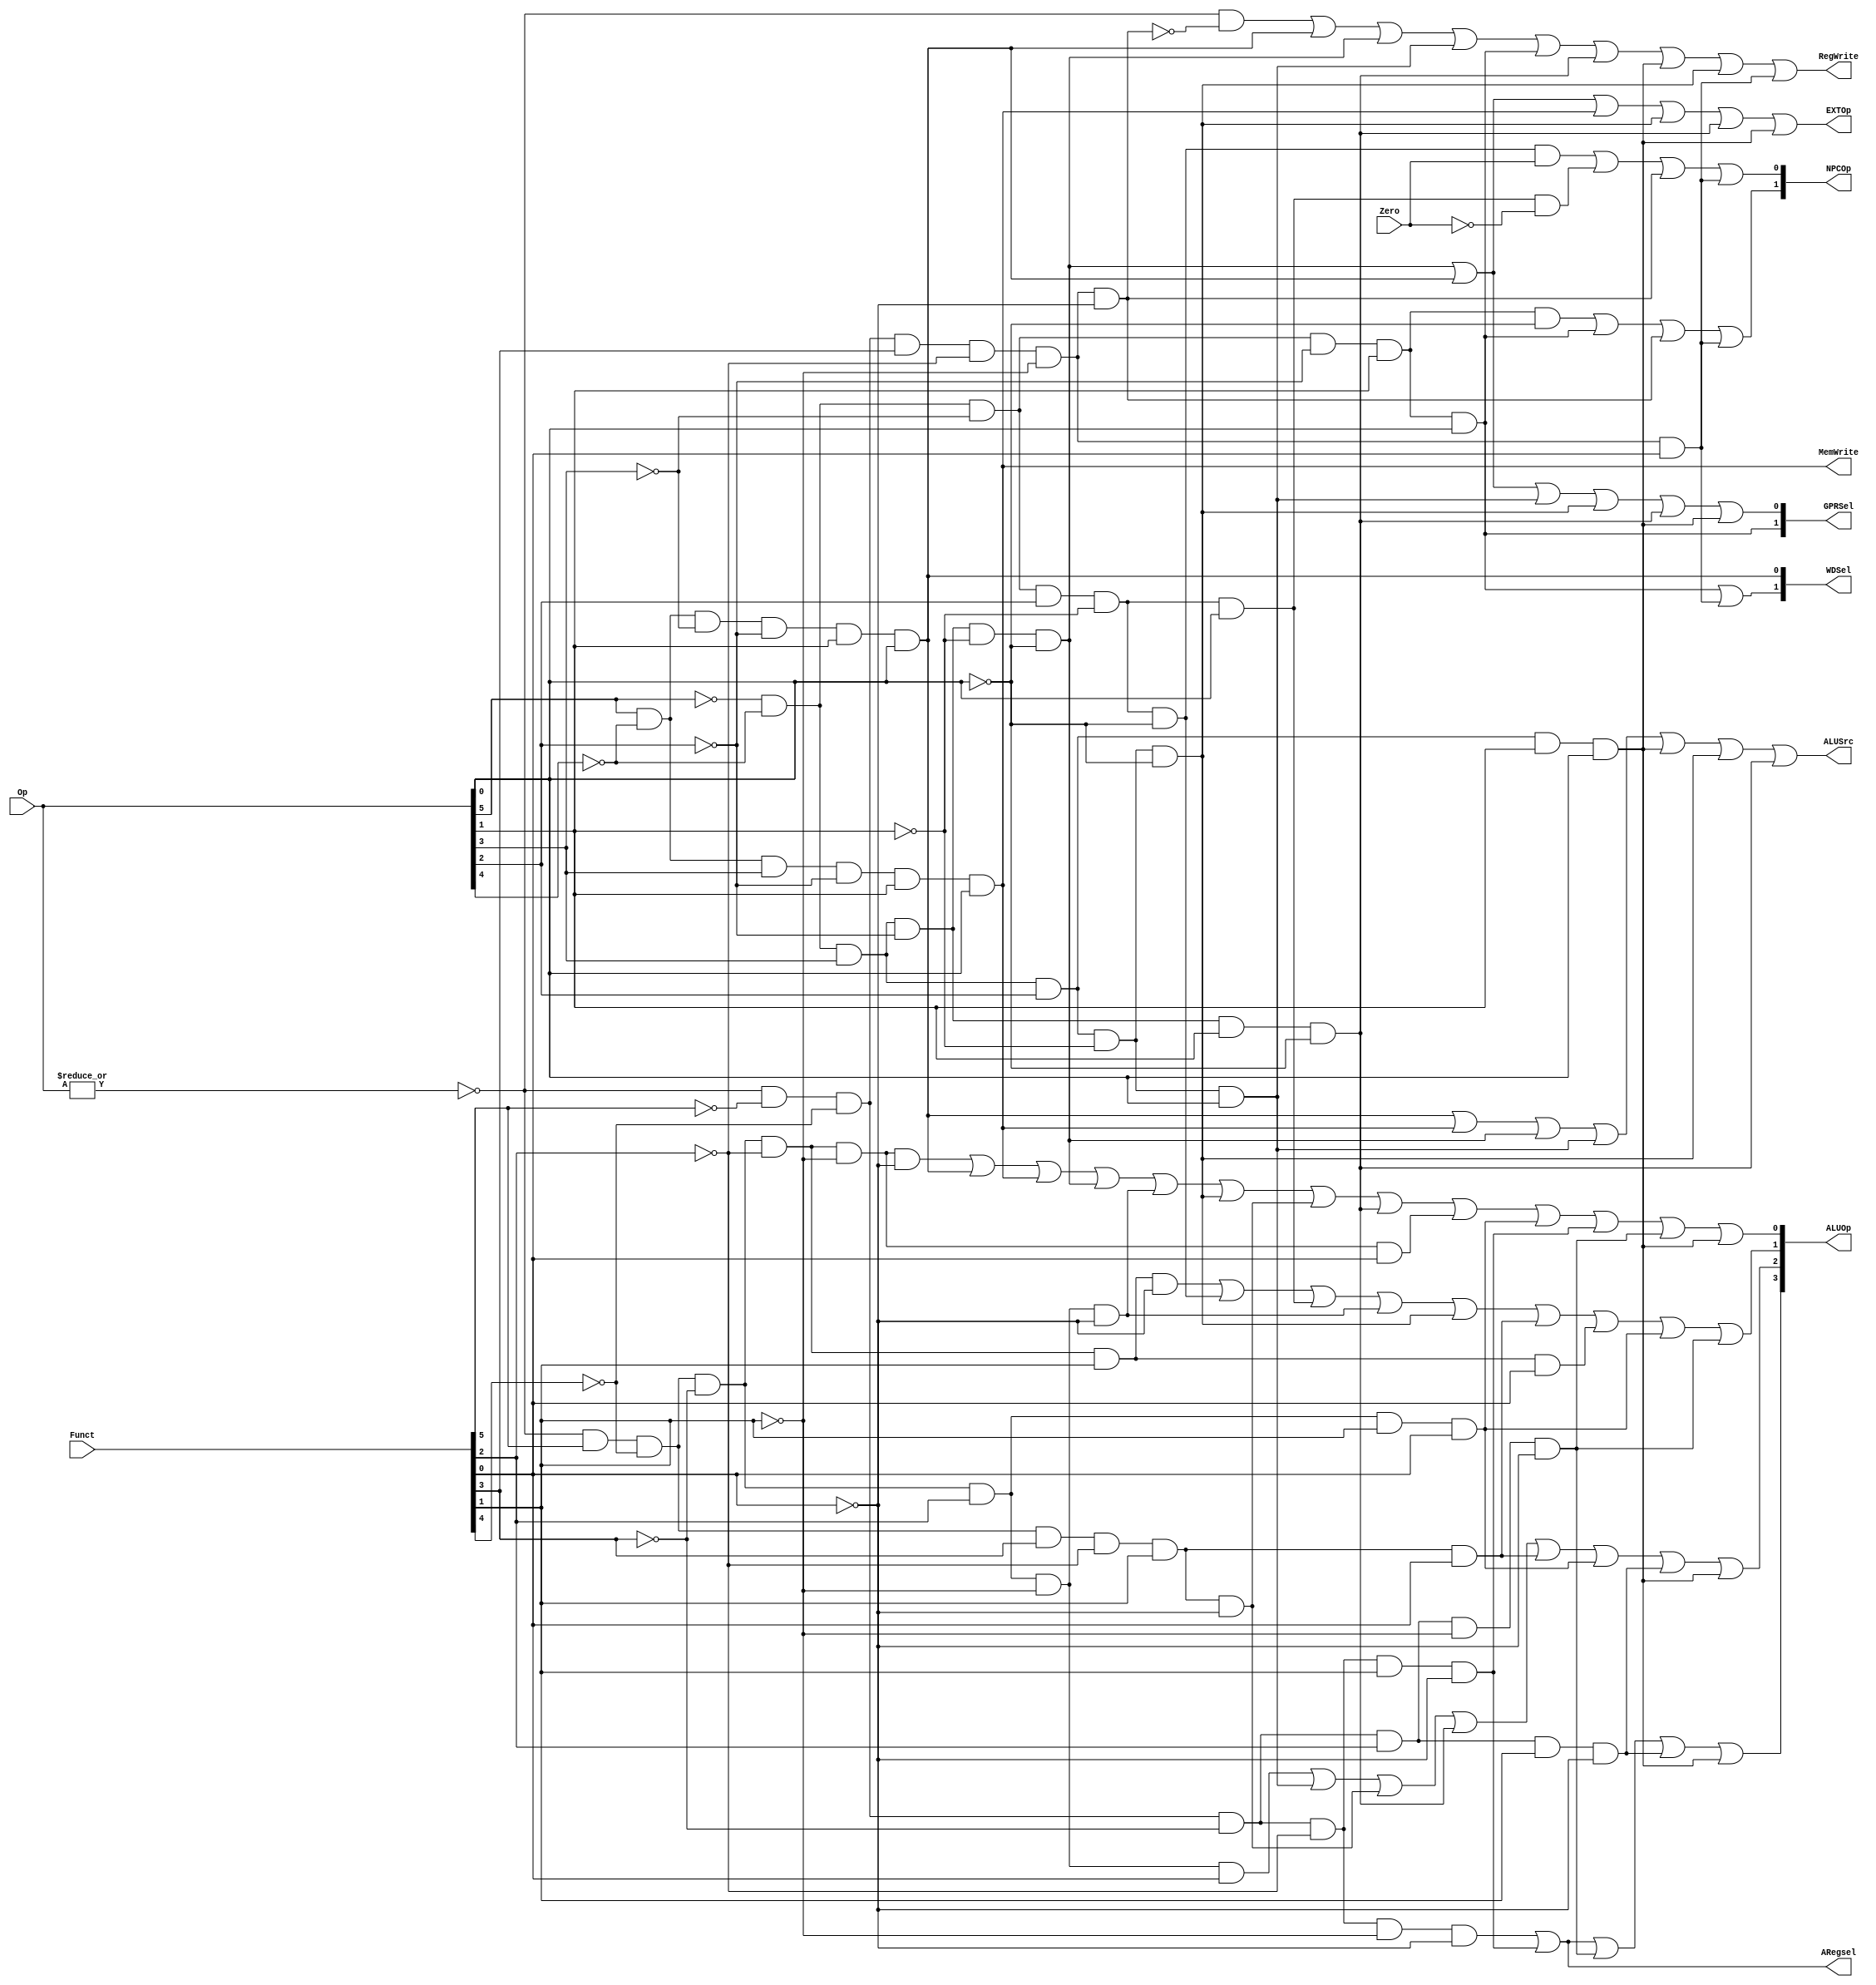
// `include "ctrl_encode_def.v"


module ctrl(Op,
            Funct,
            Zero,
            ARegsel,
            RegWrite,
            MemWrite,
            EXTOp,
            ALUOp,
            NPCOp,
            ALUSrc,
            GPRSel,
            WDSel);
    
    input  [5:0] Op;       // opcode
    input  [5:0] Funct;    // funct
    input        Zero;
    
    output       ARegsel;  // control signal for A mux add
    output       RegWrite; // control signal for register write
    output       MemWrite; // control signal for memory write
    output       EXTOp;    // control signal to signed extension
    output [3:0] ALUOp;    // ALU opertion
    output [1:0] NPCOp;    // next pc operation
    output       ALUSrc;   // ALU source for A
    
    output [1:0] GPRSel;   // general purpose register selection
    output [1:0] WDSel;    // (register) write data selection
    
    // r format
    wire rtype  = ~|Op;
    wire i_add  = rtype& Funct[5]&~Funct[4]&~Funct[3]&~Funct[2]&~Funct[1]&~Funct[0]; // add
    wire i_sub  = rtype& Funct[5]&~Funct[4]&~Funct[3]&~Funct[2]& Funct[1]&~Funct[0]; // sub
    wire i_and  = rtype& Funct[5]&~Funct[4]&~Funct[3]& Funct[2]&~Funct[1]&~Funct[0]; // and
    wire i_or   = rtype& Funct[5]&~Funct[4]&~Funct[3]& Funct[2]&~Funct[1]& Funct[0]; // or
    wire i_slt  = rtype& Funct[5]&~Funct[4]& Funct[3]&~Funct[2]& Funct[1]&~Funct[0]; // slt
    wire i_sltu = rtype& Funct[5]&~Funct[4]& Funct[3]&~Funct[2]& Funct[1]& Funct[0]; // sltu
    wire i_addu = rtype& Funct[5]&~Funct[4]&~Funct[3]&~Funct[2]&~Funct[1]& Funct[0]; // addu
    wire i_subu = rtype& Funct[5]&~Funct[4]&~Funct[3]&~Funct[2]& Funct[1]& Funct[0]; // subu
    
    // add r format
    wire i_sll  = rtype& ~Funct[5]&~Funct[4]&~Funct[3]&~Funct[2]&~Funct[1]&~Funct[0];
    wire i_nor  = rtype&  Funct[5]&~Funct[4]&~Funct[3]& Funct[2]& Funct[1]& Funct[0];
    wire i_srl  = rtype& ~Funct[5]&~Funct[4]&~Funct[3]&~Funct[2]& Funct[1]&~Funct[0];
    wire i_srlv = rtype& ~Funct[5]&~Funct[4]&~Funct[3]& Funct[2]& Funct[1]&~Funct[0];
    wire i_sllv = rtype& ~Funct[5]&~Funct[4]&~Funct[3]& Funct[2]&~Funct[1]&~Funct[0];
    wire i_jr   = rtype& ~Funct[5]&~Funct[4]& Funct[3]&~Funct[2]&~Funct[1]&~Funct[0];
    wire i_jalr = rtype& ~Funct[5]&~Funct[4]& Funct[3]&~Funct[2]&~Funct[1]& Funct[0];
    
    // i format
    wire i_addi = ~Op[5]&~Op[4]& Op[3]&~Op[2]&~Op[1]&~Op[0]; // addi
    wire i_ori  = ~Op[5]&~Op[4]& Op[3]& Op[2]&~Op[1]& Op[0]; // ori
    wire i_lw   = Op[5]&~Op[4]&~Op[3]&~Op[2]& Op[1]& Op[0]; // lw
    wire i_sw   = Op[5]&~Op[4]& Op[3]&~Op[2]& Op[1]& Op[0]; // sw
    wire i_beq  = ~Op[5]&~Op[4]&~Op[3]& Op[2]&~Op[1]&~Op[0]; // beq
    
    // add i format
    wire i_lui  = ~Op[5]&~Op[4]& Op[3]& Op[2]& Op[1]& Op[0];
    wire i_slti = ~Op[5]&~Op[4]& Op[3]&~Op[2]& Op[1]&~Op[0];
    wire i_bne  = ~Op[5]&~Op[4]&~Op[3]& Op[2]&~Op[1]& Op[0];
    wire i_andi = ~Op[5]&~Op[4]& Op[3]& Op[2]&~Op[1]&~Op[0];
    
    // j format
    wire i_j   = ~Op[5]&~Op[4]&~Op[3]&~Op[2]& Op[1]&~Op[0];  // j
    wire i_jal = ~Op[5]&~Op[4]&~Op[3]&~Op[2]& Op[1]& Op[0];  // jal
    
    // generate control signals
    assign RegWrite = (rtype & ~i_jr) | i_lw | i_addi | i_ori | i_jal | i_slti | i_lui | i_andi | i_jalr; // register write
    
    // add A_mux signal
    assign ARegsel = i_sll | i_srl;
    
    assign MemWrite = i_sw;                           // memory write
    assign ALUSrc   = i_lw | i_sw | i_addi | i_ori | i_lui | i_andi | i_slti;   // ALU B is from instruction immediate add
    assign EXTOp    = i_addi | i_lw | i_sw | i_andi | i_slti | i_lui;           // signed extension
    
    // GPRSel_RD   2'b00
    // GPRSel_RT   2'b01
    // GPRSel_31   2'b10
    assign GPRSel[0] = i_lw | i_addi | i_ori | i_andi | i_slti | i_lui;
    assign GPRSel[1] = i_jal;
    
    // WDSel_FromALU 2'b00
    // WDSel_FromMEM 2'b01
    // WDSel_FromPC  2'b10
    assign WDSel[0] = i_lw;
    assign WDSel[1] = i_jal | i_jalr;
    
    // NPC_PLUS4   2'b00
    // NPC_BRANCH  2'b01
    // NPC_JUMP    2'b10
    assign NPCOp[0] = (i_beq & Zero) | (i_bne & ~Zero) | i_jr | i_jalr;
    assign NPCOp[1] = i_j | i_jal | i_jr | i_jalr;
    
    // `define ALU_NOP   4'b0000
    // `define ALU_ADD   4'b0001
    // `define ALU_SUB   4'b0010
    // `define ALU_AND   4'b0011
    // `define ALU_OR    4'b0100
    // `define ALU_SLT   4'b0101
    // `define ALU_SLTU  4'b0110
    // `define ALU_NOR   4'b0111
    // `define ALU_SLL   4'b1000
    // `define ALU_SRL   4'b1001
    // `define ALU_SLLV  4'b1011
    // `define ALU_SRLV  4'b1100
    // `define ALU_LUI   4'b1101
    assign ALUOp[0] = i_add | i_lw  | i_sw   | i_addi | i_and  | i_andi | i_slt  | i_slti | i_addu | i_nor | i_srl | i_sllv | i_lui;
    assign ALUOp[1] = i_sub | i_beq | i_bne  | i_and  | i_andi | i_sltu | i_subu | i_nor  | i_sllv;
    assign ALUOp[2] = i_or  | i_ori | i_slt  | i_slti | i_sltu | i_nor  | i_srlv | i_lui;
    assign ALUOp[3] = i_sll | i_srl | i_sllv | i_srlv | i_lui;
    
endmodule